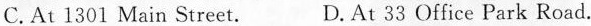
C. At 1301 Main Street. D.At 33 Office Park Road.